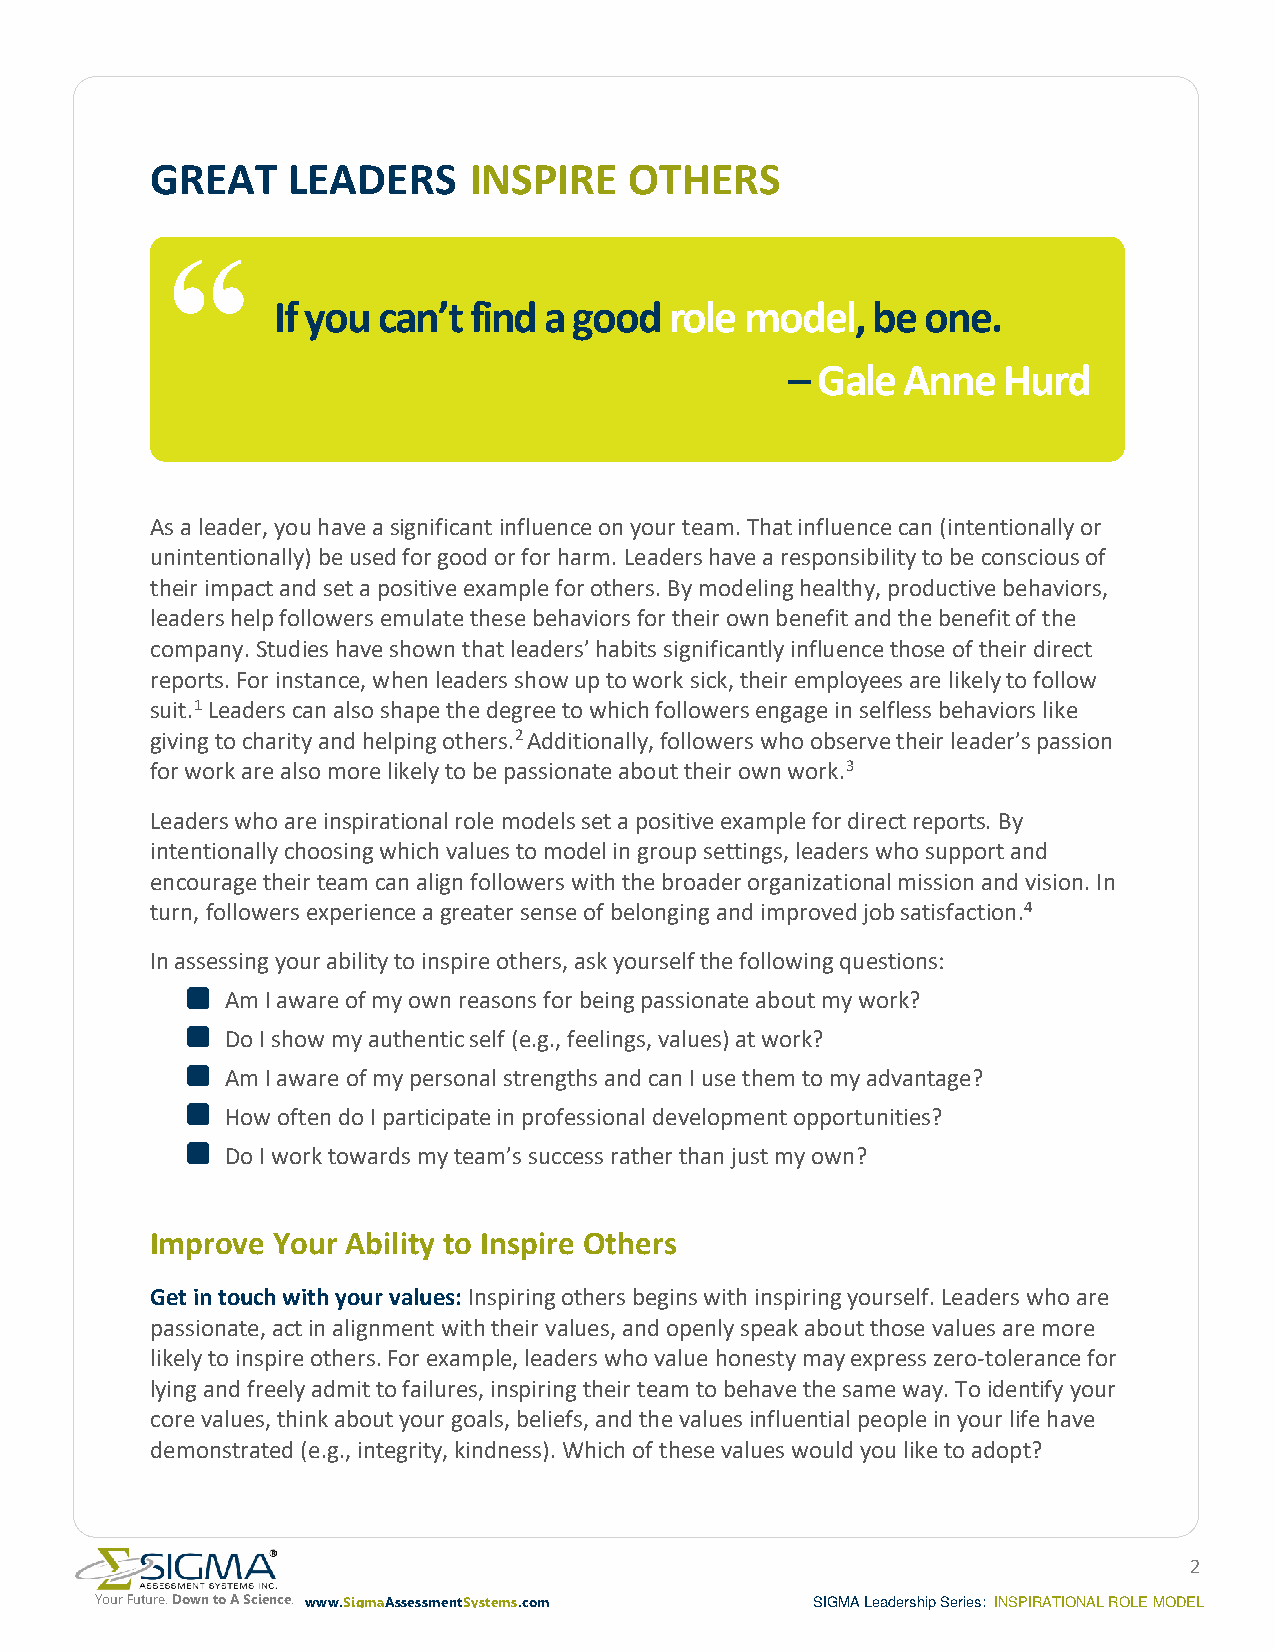
GREAT    LEADERS     INSPIRE    OTHERS
 “
 role model,   be one.
 If you can’t find a good
 Gale  Anne  Hurd
 –
 As a leader, you have a significant influence on your team. That influence can (intentionally or
 unintentionally) be used for good or for harm. Leaders have a responsibility to be conscious of
 their impact and set a positive example for others. By modeling healthy, productive behaviors,
 leaders help followers emulate these behaviors for their own benefit and the benefit of the
 company. Studies have shown that leaders’ habits significantly influence those of their direct
 reports. For instance, when leaders show up to work sick, their employees are likely to follow
 suit.1 Leaders can also shape the degree to which followers engage in selfless behaviors like
 giving to charity and helping others.2 Additionally, followers who observe their leader’s passion
 for work are also more likely to be passionate about their own work.3
 Leaders who are inspirational role models set a positive example for direct reports. By
 intentionally choosing which values to model in group settings, leaders who support and
 encourage their team can align followers with the broader organizational mission and vision. In
 turn, followers experience a greater sense of belonging and improved job satisfaction.4
 In assessing your ability to inspire others, ask yourself the following questions:
 Am I aware of my own reasons for being passionate about my work?
 Do I show my authentic self (e.g., feelings, values) at work?
 Am I aware of my personal strengths and can I use them to my advantage?
 How often do I participate in professional development opportunities?
 Do I work towards my team’s success rather than just my own?
 Improve Your Ability to Inspire Others
 Get in touch with your values: Inspiring others begins with inspiring yourself. Leaders who are
 passionate, act in alignment with their values, and openly speak about those values are more
 likely to inspire others. For example, leaders who value honesty may express zero-tolerance for
 lying and freely admit to failures, inspiring their team to behave the same way. To identify your
 core values, think about your goals, beliefs, and the values influential people in your life have
 demonstrated (e.g., integrity, kindness). Which of these values would you like to adopt?
 2
 Your Future. Down to A Science. www.SigmaAssessmentSystems.com SIGMA Leadership Series: INSPIRATIONAL ROLE MODEL